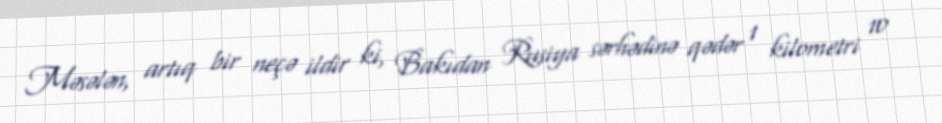
Məsələn, artıq bir neçə ildir ki, Bakıdan Rusiya sərhədinə qədər 1 kilometri 10